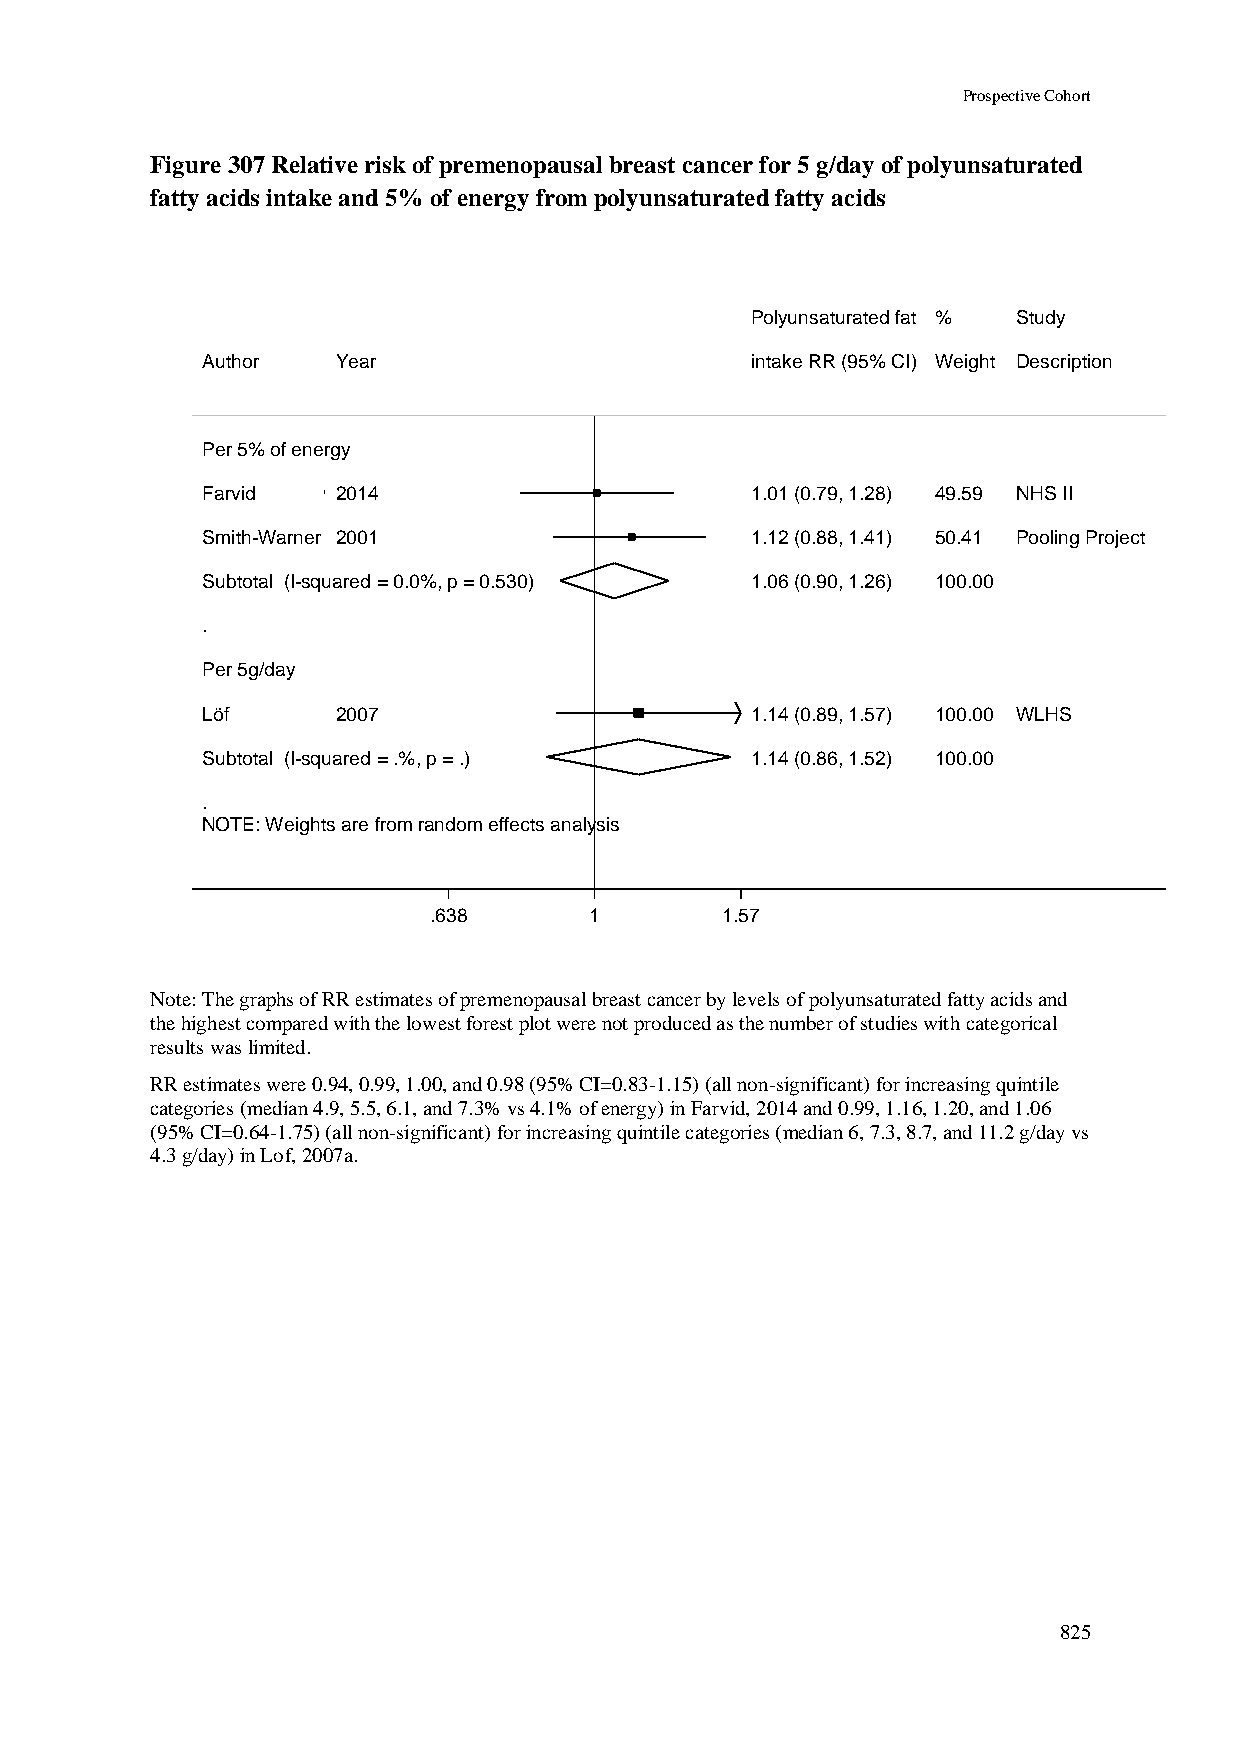
Prospective Cohort
 Figure 307 Relative risk of premenopausal breast cancer for 5 g/day of polyunsaturated
 fatty acids intake and 5% of energy from polyunsaturated fatty acids
 PPoollyyuunnssaattuurraatteedd ffaatt %% Study
 Author   Year                        iinnttaakkee RRRR ((9955%% CCII)) WWeeiigghhtt Description
 Per 5% of energy
 Farvid   2014                        11..0011 ((00..7799,, 11..2288)) 4499..5599 NHS II
 Smith-Warner 2001                    11..1122 ((00..8888,, 11..4411)) 5500..4411 Pooling Project
 Subtotal (I-squared = 0.0%, p = 0.530) 11..0066 ((00..9900,, 11..2266)) 110000..0000
 .
 Per 5g/day
 Löf      2007                        11..1144 ((00..8899,, 11..5577)) 110000..0000 WLHS
 Subtotal (I-squared = .%, p = .)     11..1144 ((00..8866,, 11..5522)) 110000..0000
 .
 NOTE: Weights are from random effects analysis
 .638       11       1.57
 Note: The graphs of RR estimates of premenopausal breast cancer by levels of polyunsaturated fatty acids and
 the highest compared with the lowest forest plot were not produced as the number of studies with categorical
 results was limited.
 RR estimates were 0.94, 0.99, 1.00, and 0.98 (95% CI=0.83-1.15) (all non-significant) for increasing quintile
 categories (median 4.9, 5.5, 6.1, and 7.3% vs 4.1% of energy) in Farvid, 2014 and 0.99, 1.16, 1.20, and 1.06
 (95% CI=0.64-1.75) (all non-significant) for increasing quintile categories (median 6, 7.3, 8.7, and 11.2 g/day vs
 4.3 g/day) in Lof, 2007a.
 825